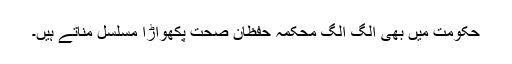
حکومت میں بھی الگ الگ محکمہ حفظان صحت پكھواڑا مسلسل مناتے ہیں۔